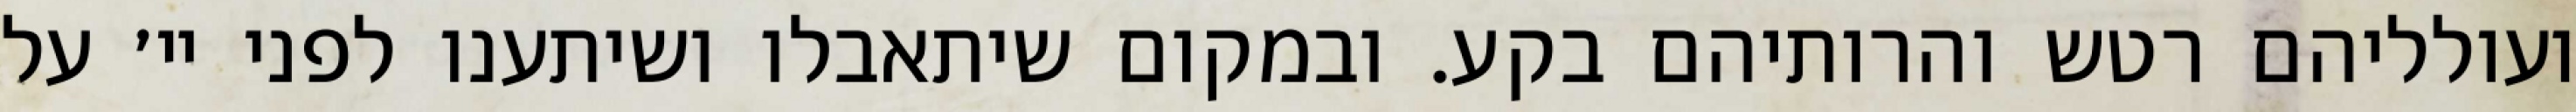
ועולליהם רטש והרותיהם בקע. ובמקום שיתאבלו ושיתענו לפני יי׳ על